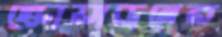
স্কোয়াড্রনের